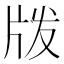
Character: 𰠝